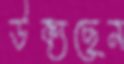
উক্যছেন